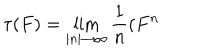
\tau ( F ) = \lim _ { \left| n \right| \rightarrow \infty } \frac { 1 } { n } ( F ^ { n }